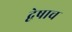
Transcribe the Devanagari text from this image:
द्वेषाच